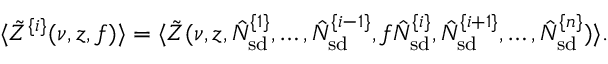
\langle \tilde { Z } ^ { \{ i \} } ( \nu , z , f ) \rangle = \langle \tilde { Z } ( \nu , z , \hat { N } _ { \mathrm { s d } } ^ { \{ 1 \} } , \ldots , \hat { N } _ { \mathrm { s d } } ^ { \{ i - 1 \} } , f \hat { N } _ { \mathrm { s d } } ^ { \{ i \} } , \hat { N } _ { \mathrm { s d } } ^ { \{ i + 1 \} } , \ldots , \hat { N } _ { \mathrm { s d } } ^ { \{ n \} } ) \rangle .